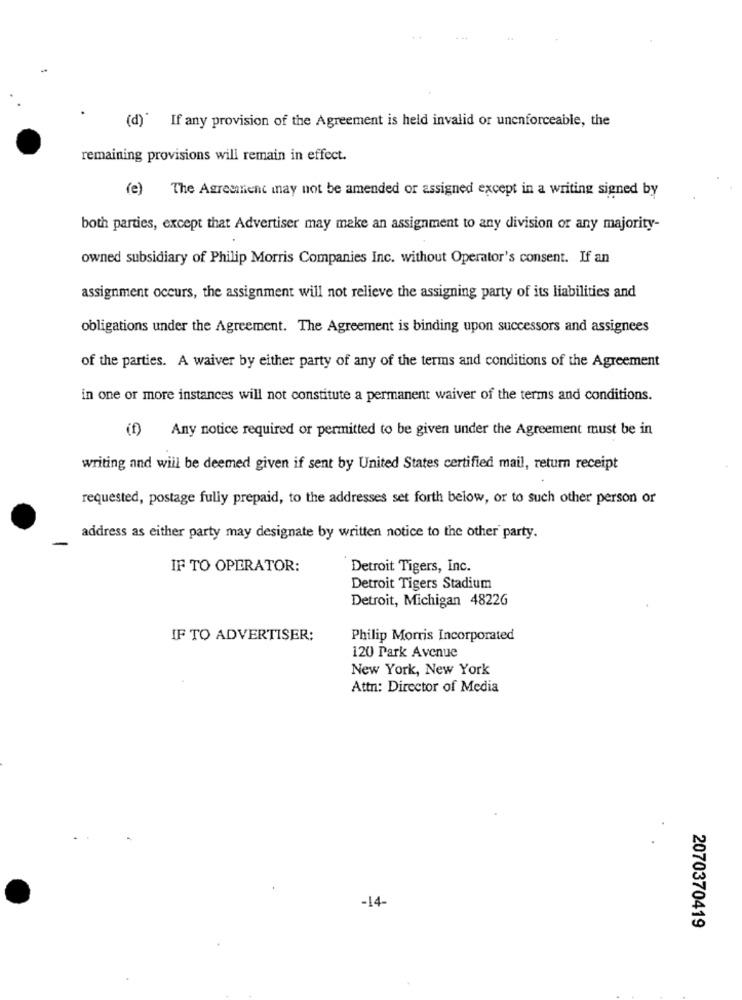
(d)* If any provision of the Agreement is held invalid or unenforceable, the
remaining provisions will remain in effect.
(e)
The Agreement may not be amended or assigned except in a writing signed by
both parties, except that Advertiser may make an assignment to any division or any majority-
owned subsidiary of Philip Morris Companies Inc. without Operator's consent. If an
assignment occurs, the assignment will not relieve the assigning party of its liabilities and
obligations under the Agreement. The Agreement is binding upon successors and assignees
of the parties. A waiver by either party of any of the terms and conditions of the Agreement
in one or more instances will not constitute a permanent waiver of the terms and conditions.
(f) Any notice required or permitted to be given under the Agreement must be in
writing and will be deemed given if sent by United States certified mail, return receipt
requested, postage fully prepaid, to the addresses set forth below, or to such other person or
address as either party may designate by written notice to the other party.
IF TO OPERATOR:
Detroit Tigers, Inc.
Detroit Tigers Stadium
Detroit, Michigan 48226
IF TO ADVERTISER:
Philip Morris Incorporated
120 Park Avenue
New York, New York
Attn: Director of Media
-14-
2070370419